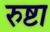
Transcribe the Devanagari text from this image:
रुष्टा